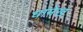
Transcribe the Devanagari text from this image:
धामेख